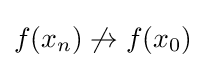
f(x_{n})\not \to f(x_{0})